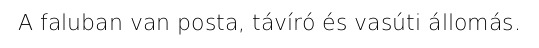
A faluban van posta, távíró és vasúti állomás.